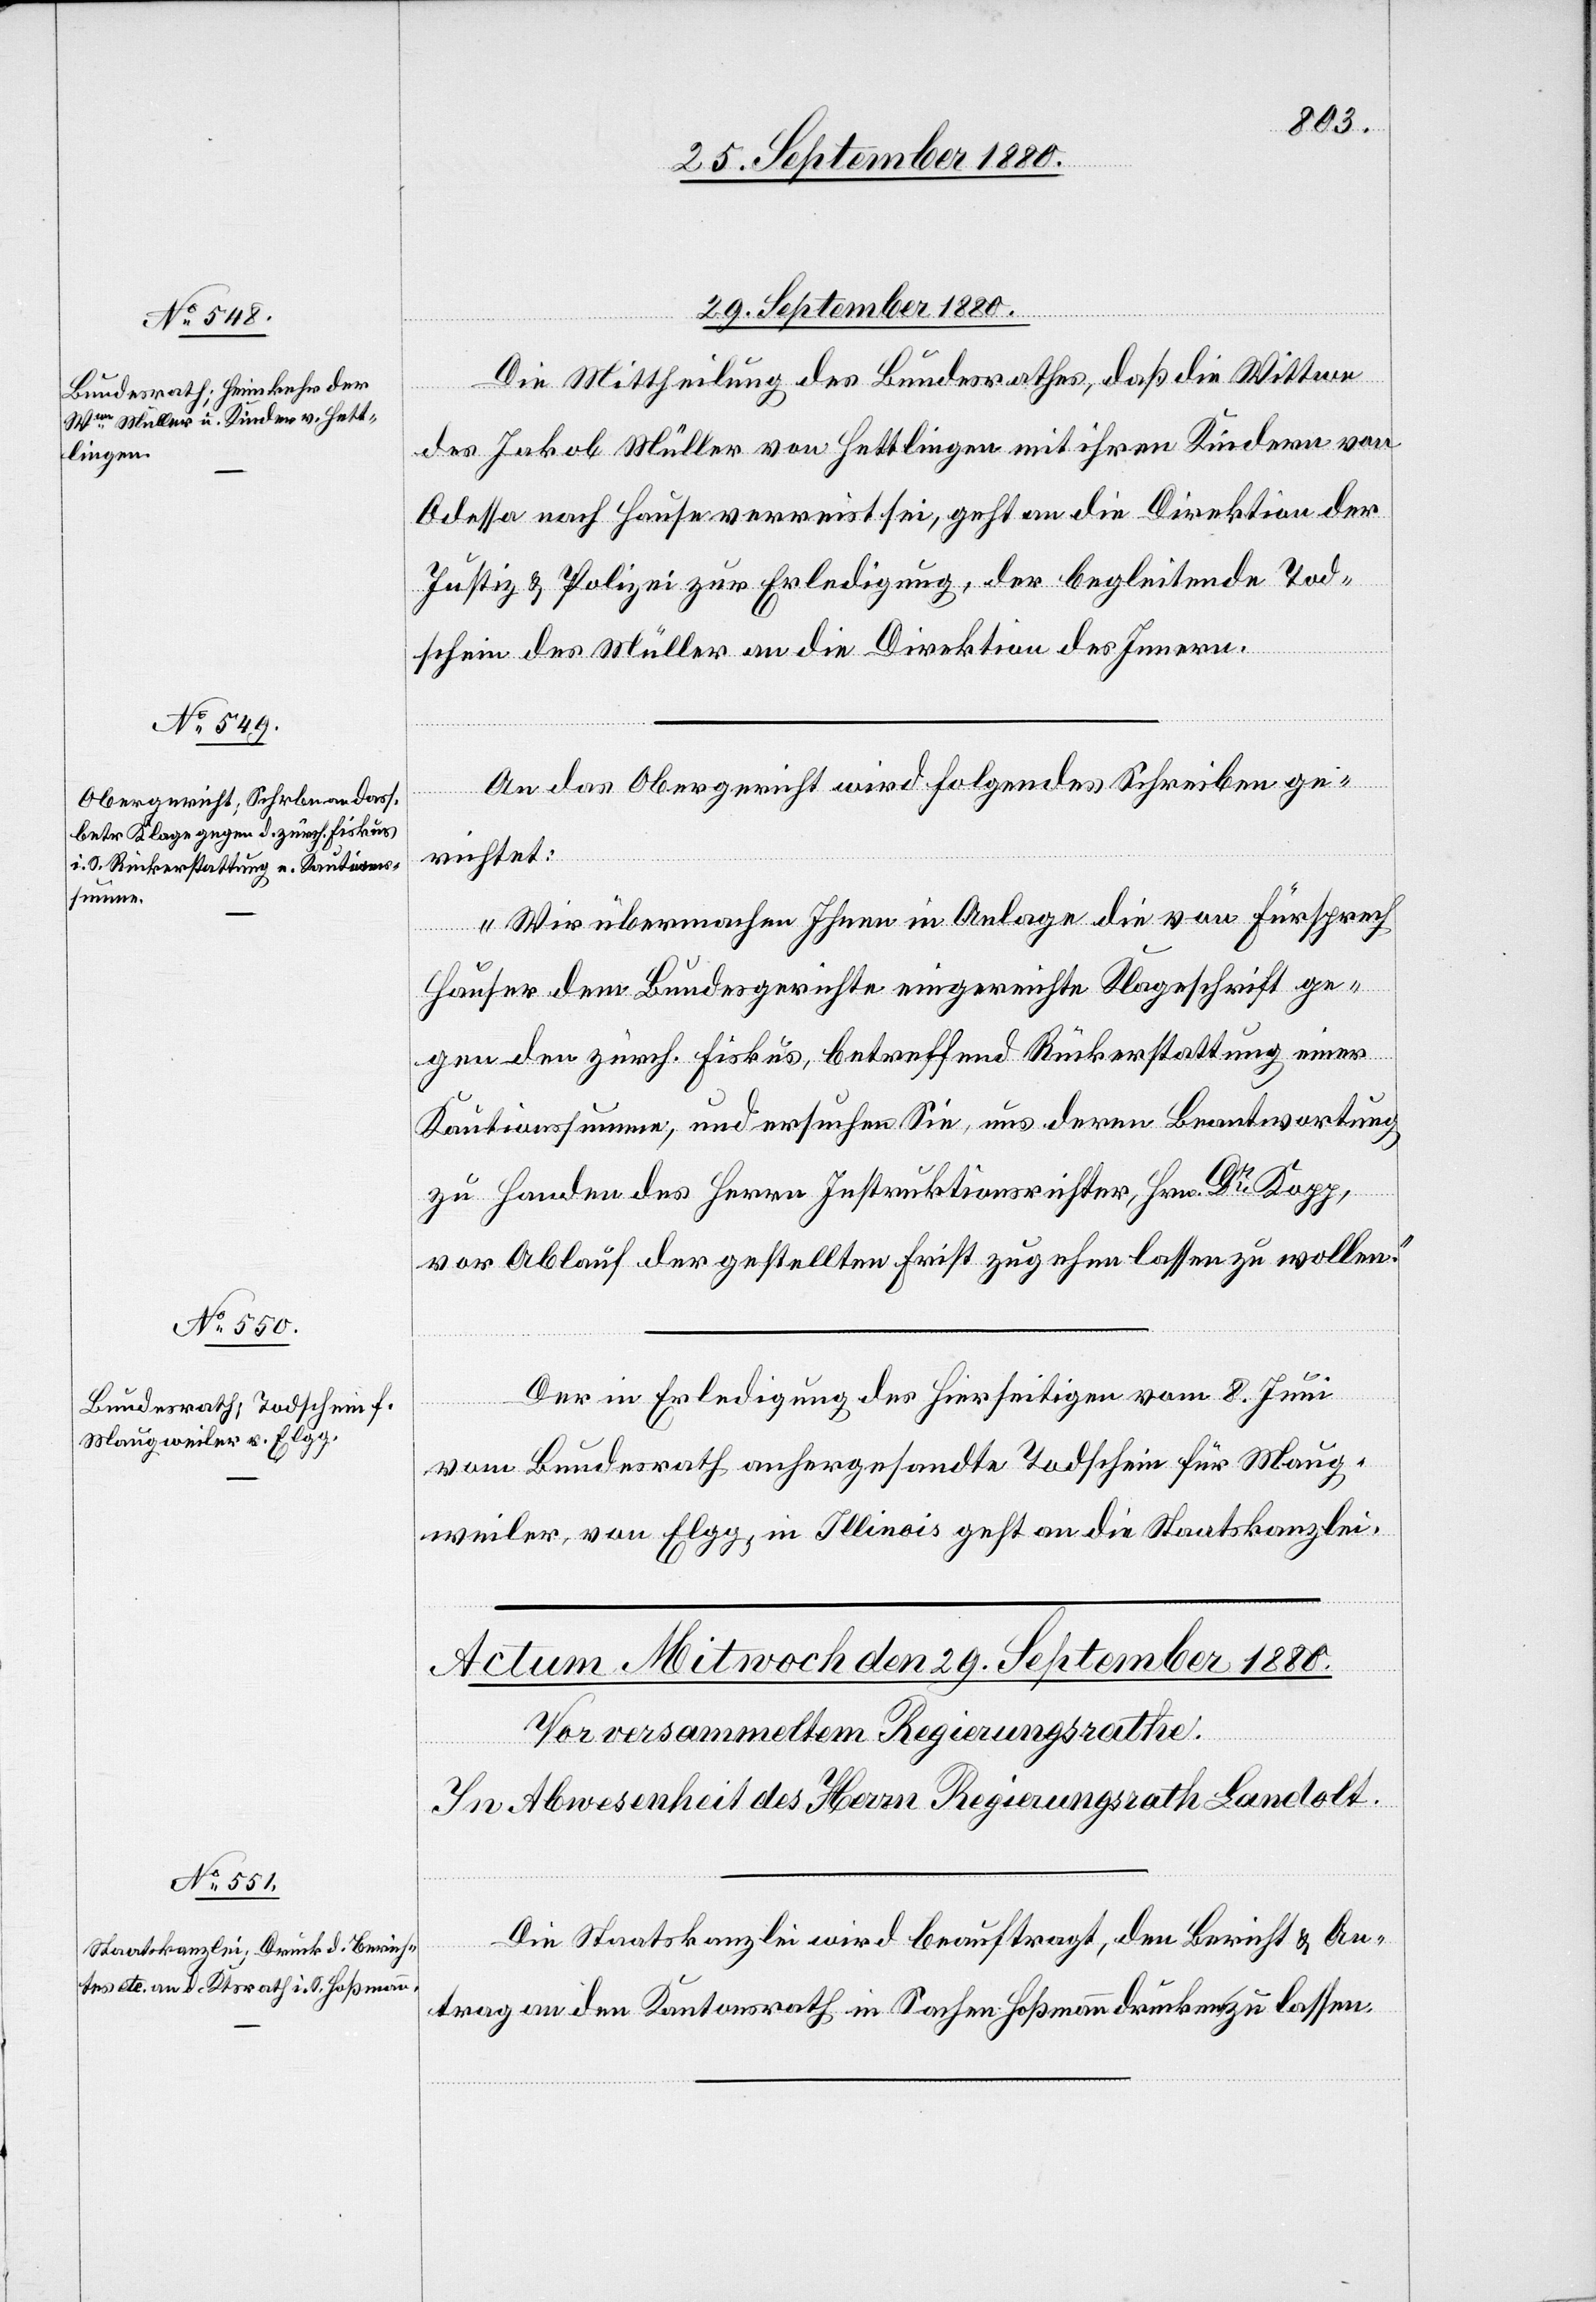
29. September 1880.]
Die Mittheilung des Bundesrathes, daß die Wittwe
des Jakob Müller von Hettlingen mit ihren Kindern von
Odessa nach Hause verreist sei, geht an die Direktion der
Justiz & Polizei zur Erledigung, der begleitende Tod¬
schein des Müller an die Direktion des Innern.
An das Obergericht wird folgendes Schreiben ge¬
richtet:
„Wir übermachen Ihnen in Anlage die von Fürsprech
Hauser dem Bundesgerichte eingereichte Klageschrift ge¬
gen den zürch. Fiskus, betreffend Rückerstattung einer
Kautionssumme, und ersuchen Sie, uns deren Beantwortung
zu Handen des Herrn Instruktionsrichter, Hrn. Dr Kopp,
vor Ablauf der gestellten Frist zugehen lassen zu wollen.“
Der in Erledigung des hierseitigen vom 8. Juni
vom Bundesrath anhergesandte Todschein für Maug¬
weiler, von Elgg, in Illinois geht an die Staatskanzlei.
Die Staatskanzlei wird beauftragt, den Bericht & An¬
trag an den Kantonsrath in Sachen Hoßmann drucken zu lassen.